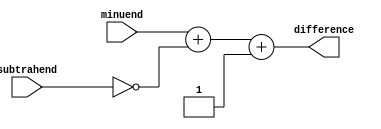
module Combinational_logic_blocks_Structural_Subtractor(
    input wire [7:0] minuend,
    input wire [7:0] subtrahend,
    output reg [7:0] difference
);

wire [7:0] complement;
wire [8:0] sum;

assign complement = ~subtrahend;
assign sum = minuend + complement + 1;

always @* begin
    difference = sum[7:0];
end

endmodule